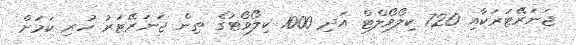
ޖަނަރޭޓަރަކާއި 720 ކިލޯވޯލްޓް އަދި 1000 ކިލޯވޯޓުގެ ތިން ޖަނަރޭޓަރު ހުރި ކަމަށް